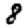
Digit: 8